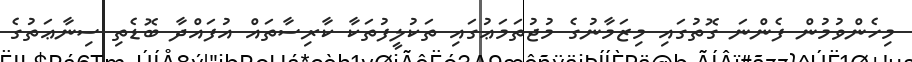
މިހެންވުމުން ފެންނަ ގޮތުގައި މިޒަމާނުގެ މުޖުތަމަޢުގައި ތަކުލީފުތަކާ ކާރިސާތައް އުފައްދާ ބޮޑެތި ސިނާޢަތުގެ